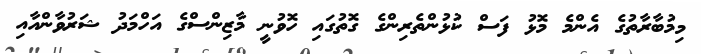
މިމުބާރާތުގެ އެންމެ މޮޅު ފަސް ކުޅުންތެރިންގެ ގޮތުގައި ހޮވުނީ މާޒިންސްގެ އަހްމަދު ޝަރުވާންއާއި